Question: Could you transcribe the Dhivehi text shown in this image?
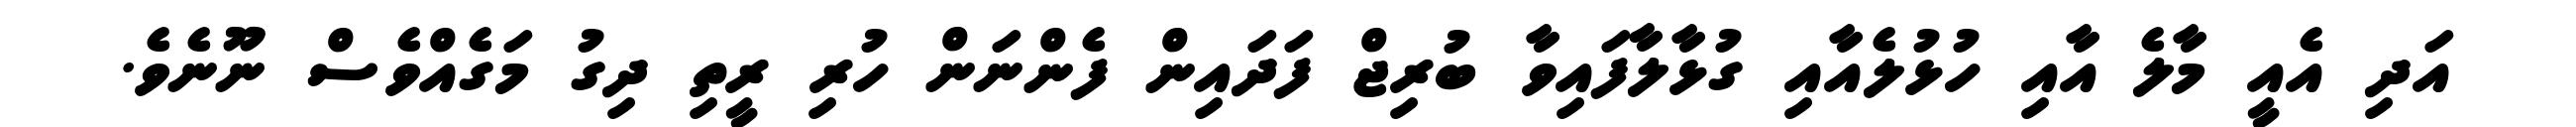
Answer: އަދި އެއީ މާލެ އާއި ހުޅުލެއާއި ގުޅާލާފައިވާ ބުރިޖް ފަދައިން ފެންނަން ހުރި ރީތި ދިގު މަގެއްވެސް ނޫނެވެ.